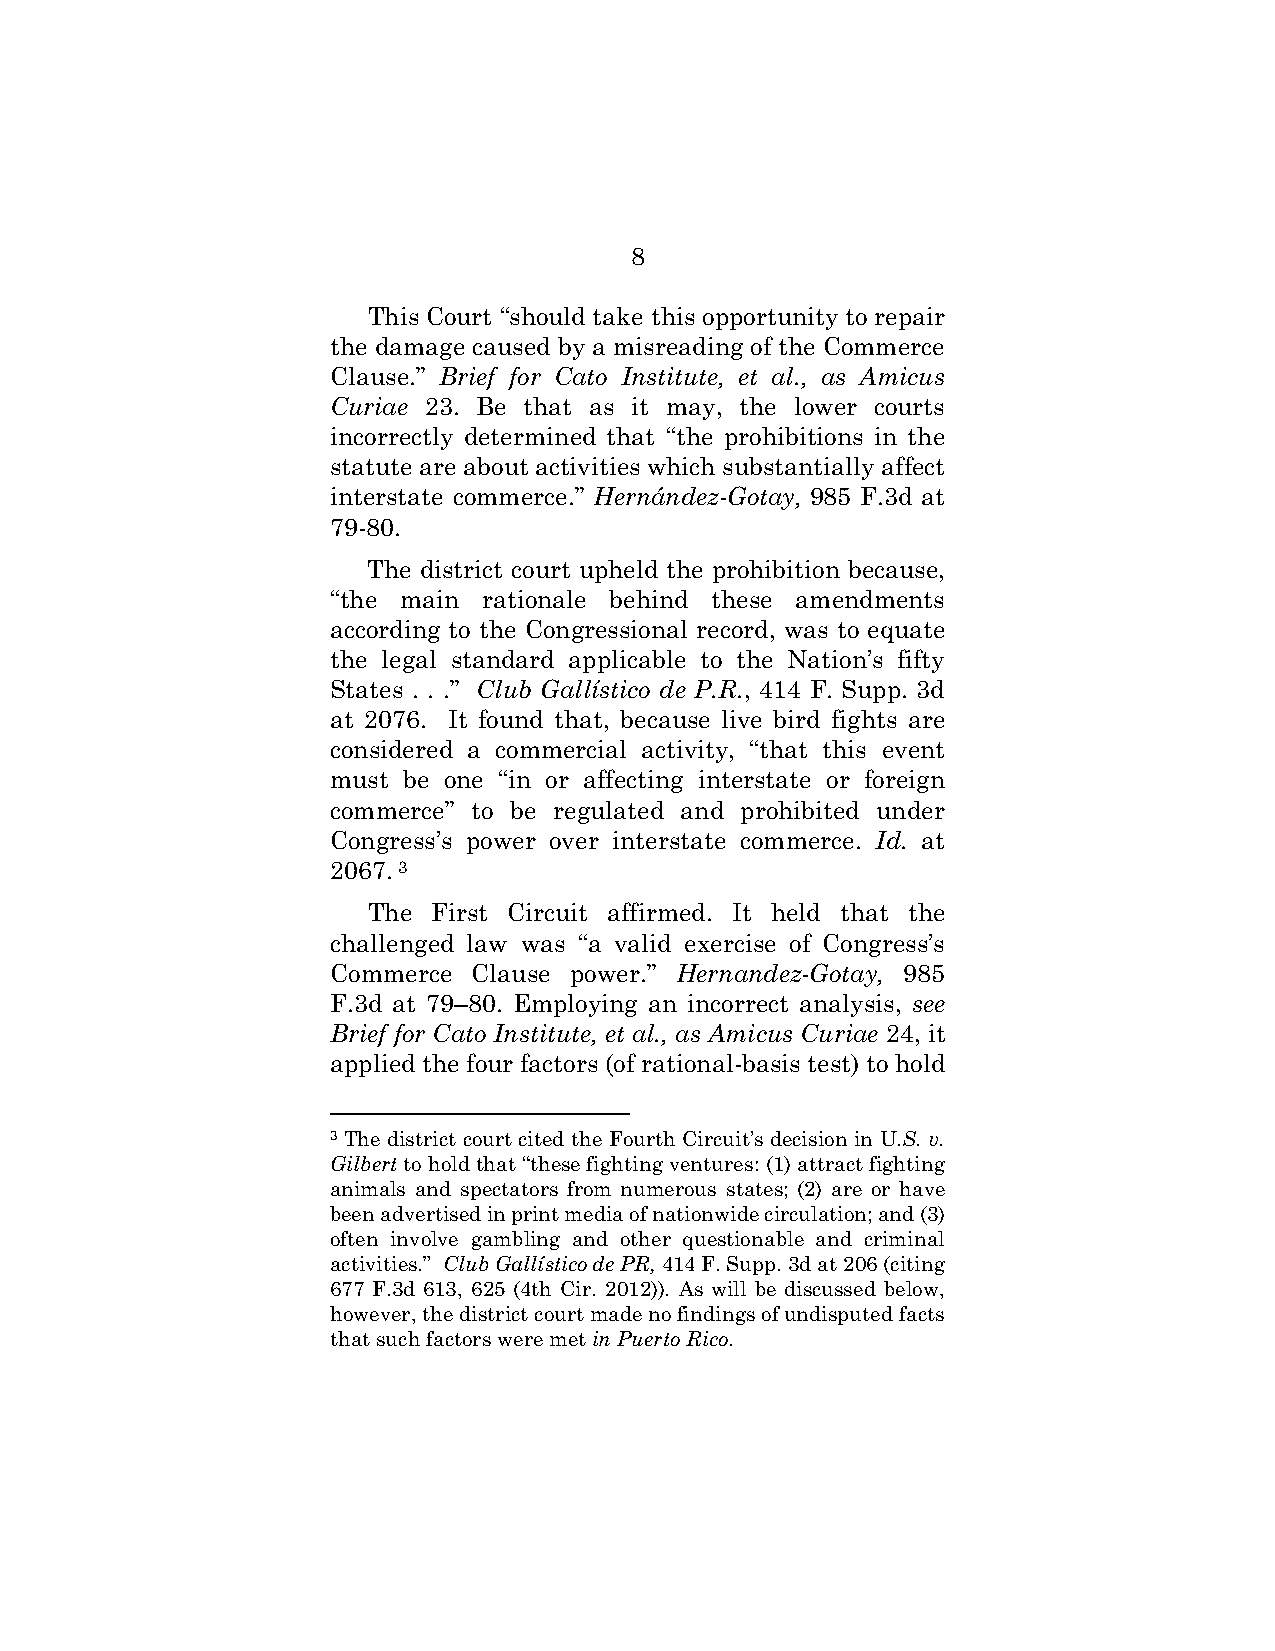
8
 This Court “should take this opportunity to repair
 the damage caused by a misreading of the Commerce
 Clause.” Brief for Cato Institute, et al., as Amicus
 Curiae 23. Be that as it may, the lower courts
 incorrectly determined that “the prohibitions in the
 statute are about activities which substantially affect
 interstate commerce.” Hernández-Gotay, 985 F.3d at
 79-80.
 The district court upheld the prohibition because,
 “the main rationale behind these amendments
 according to the Congressional record, was to equate
 the legal standard applicable to the Nation’s fifty
 States . . .” Club Gallístico de P.R., 414 F. Supp. 3d
 at 2076. It found that, because live bird fights are
 considered a commercial activity, “that this event
 must be one “in or affecting interstate or foreign
 commerce” to be regulated and prohibited under
 Congress’s power over interstate commerce. Id. at
 2067. 3
 The  First Circuit affirmed. It held that the
 challenged law was “a valid exercise of Congress’s
 Commerce Clause power.” Hernandez-Gotay, 985
 F.3d at 79–80. Employing an incorrect analysis, see
 Brief for Cato Institute, et al., as Amicus Curiae 24, it
 applied the four factors (of rational-basis test) to hold
 3 The district court cited the Fourth Circuit’s decision in U.S. v.
 Gilbert to hold that “these fighting ventures: (1) attract fighting
 animals and spectators from numerous states; (2) are or have
 been advertised in print media of nationwide circulation; and (3)
 often involve gambling and other questionable and criminal
 activities.” Club Gallístico de PR, 414 F. Supp. 3d at 206 (citing
 677 F.3d 613, 625 (4th Cir. 2012)). As will be discussed below,
 however, the district court made no findings of undisputed facts
 that such factors were met in Puerto Rico.